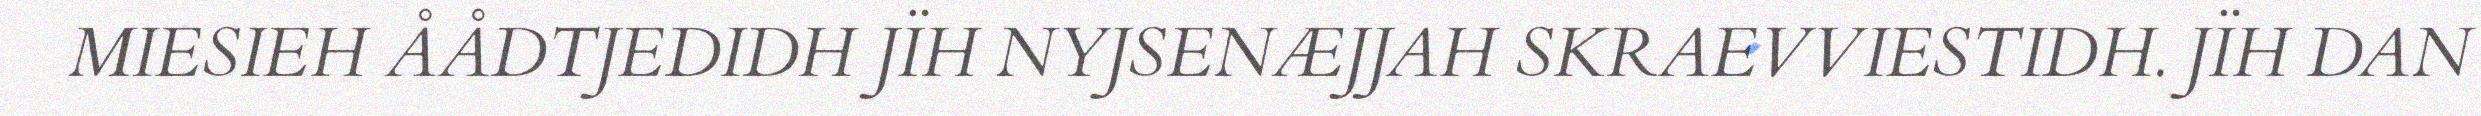
MIESIEH ÅÅDTJEDIDH JÏH NYJSENÆJJAH SKRAEVVIESTIDH. JÏH DAN